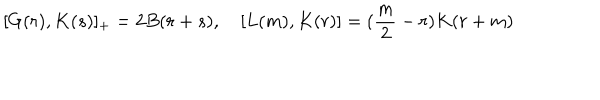
[ G ( r ) , K ( s ) ] _ { + } = 2 B ( r + s ) , \quad [ L ( m ) , K ( r ) ] = ( \frac { m } { 2 } - r ) K ( r + m )